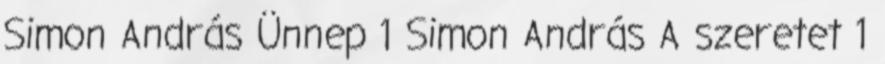
Simon András Ünnep 1 Simon András A szeretet 1